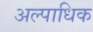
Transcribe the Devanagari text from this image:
अल्पाधिक